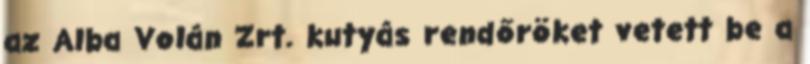
az Alba Volán Zrt. kutyás rendőröket vetett be a